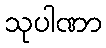
သုပါဏာ